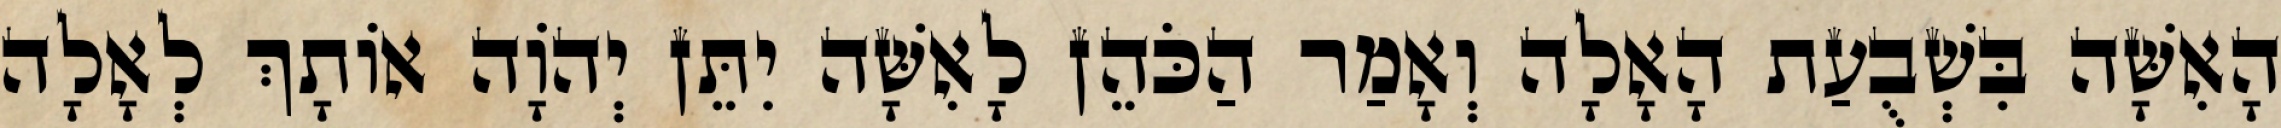
הָאִשָּׁה בִּשְׁבֻעַת הָאָלָה וְאָמַר הַכֹּהֵן לָאִשָּׁה יִתֵּן יְהוָֹה אוֹתָךְ לְאָלָה